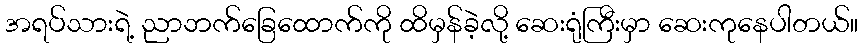
အရပ်သားရဲ့ ညာဘက်ခြေထောက်ကို ထိမှန်ခဲ့လို့ ဆေးရုံကြီးမှာ ဆေးကုနေပါတယ်။